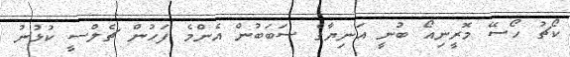
ކޯޗު ހޯސޭ މޮރީނިއޯ ބުނީ އަނިޔާގެ ސަބަބުން އެންމެ ފަހުން ޗެލްސީ ކުޅުނު